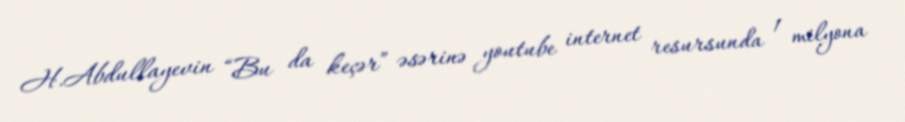
H.Abdullayevin “Bu da keçər” əsərinə youtube internet resursunda 1 milyona